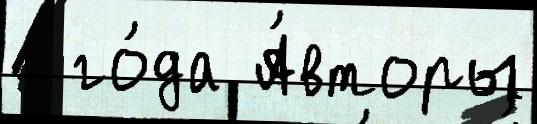
  го́да А́вторы